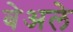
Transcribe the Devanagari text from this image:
बेअले